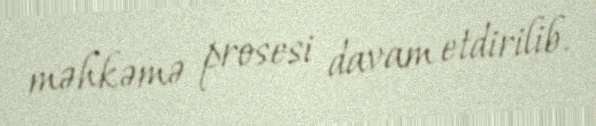
məhkəmə prosesi davam etdirilib.